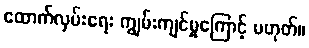
ထောက်လှမ်းရေး ကျွမ်းကျင်မှုကြောင့် မဟုတ်။